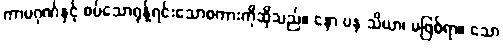
ကာမဂုဏ်နှင့် စပ်သောရုန့်ရင်းသောစကားကိုဆိုသည်။ နော ပန သိယာ၊ မဖြစ်ရာ။ သော